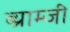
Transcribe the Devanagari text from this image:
ब्य्राम्जी